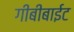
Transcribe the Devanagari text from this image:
गीबीबाईट